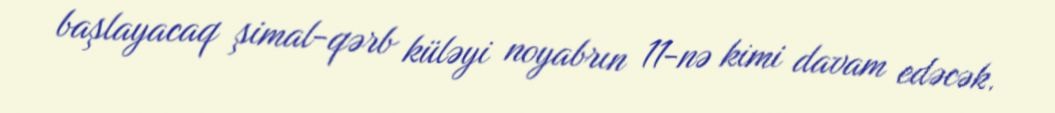
başlayacaq şimal-qərb küləyi noyabrın 11-nə kimi davam edəcək.